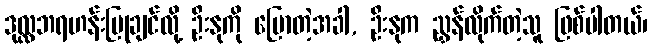
ဒုလ္လဘရဟန်းပြုချင်လို့ ဦးနုကို ပြောတဲ့အခါ, ဦးနုက ညွှန်လိုက်တဲ့သူ ဖြစ်ပါတယ်၊